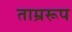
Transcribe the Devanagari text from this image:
ताम्ररूप